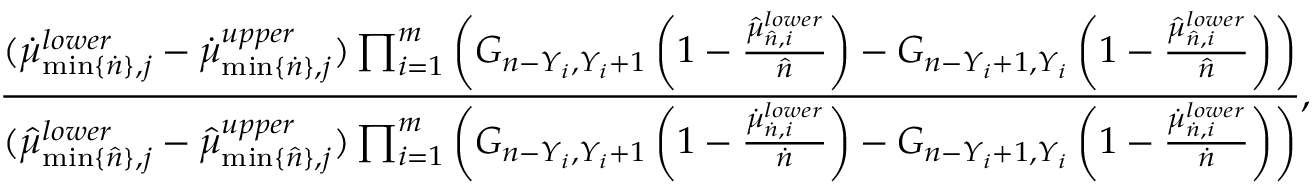
\frac { ( \dot { \mu } _ { \operatorname* { m i n } \{ \dot { n } \} , j } ^ { l o w e r } - \dot { \mu } _ { \operatorname* { m i n } \{ \dot { n } \} , j } ^ { u p p e r } ) \prod _ { i = 1 } ^ { m } \left( G _ { n - Y _ { i } , Y _ { i } + 1 } \left( 1 - \frac { \hat { \mu } _ { \hat { n } , i } ^ { l o w e r } } { \hat { n } } \right) - G _ { n - Y _ { i } + 1 , Y _ { i } } \left( 1 - \frac { \hat { \mu } _ { \hat { n } , i } ^ { l o w e r } } { \hat { n } } \right) \right) } { ( \hat { \mu } _ { \operatorname* { m i n } \{ \hat { n } \} , j } ^ { l o w e r } - \hat { \mu } _ { \operatorname* { m i n } \{ \hat { n } \} , j } ^ { u p p e r } ) \prod _ { i = 1 } ^ { m } \left( G _ { n - Y _ { i } , Y _ { i } + 1 } \left( 1 - \frac { \dot { \mu } _ { \dot { n } , i } ^ { l o w e r } } { \dot { n } } \right) - G _ { n - Y _ { i } + 1 , Y _ { i } } \left( 1 - \frac { \dot { \mu } _ { \dot { n } , i } ^ { l o w e r } } { \dot { n } } \right) \right) } ,